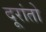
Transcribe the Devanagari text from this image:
दूरांतो